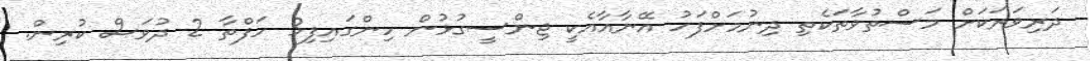
ދަރިވަރަކަށް މަސްތުވާތަކެތި ދިނުމަށްފަހު އޭނާއާއެކީ ޖިންސީގުޅުން ހިންގައިފި3 ހަފްތާ 2 ދުވަސް ކުރިން.